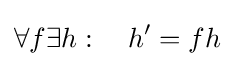
\forall f\exists h:\quad h'=fh